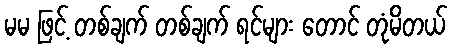
မမ ဖြင့် တစ်ချက် တစ်ချက် ရင်များ တောင် တုံမိတယ်